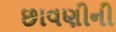
છાવણીની